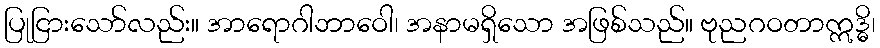
ပြုငြားသော်လည်း။ အာရောဂါဘာဝေါ၊ အနာမရှိသော အဖြစ်သည်။ ဗုညဂဝတာဣဒ္ဓိ၊